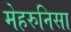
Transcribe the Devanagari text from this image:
मेहरुनिसा